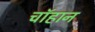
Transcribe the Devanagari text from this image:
चॉहान